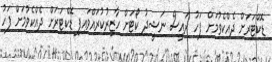
ޑޮކްޓަރަށް ދެއްކެވުމަށް ފަހު ރައީސް ނަޝީދު ކޯޓަށް ހާޒިރުކުރައްވައިފި ޑޮކްޓަރަށް ދެއްކެވުމަށް ފަހު